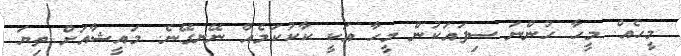
މީހެއް. މީހާ ހުންނަ ސިފައަކުން މީހާ އަކީ ކާކުކަމެއް ނޭނގޭނެ. މައީޝާއަށް ތިޔަ